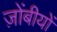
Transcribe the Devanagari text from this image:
ज़ोंबीयों